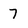
Character: 7